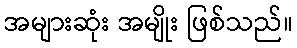
အများဆုံး အမျိုး ဖြစ်သည်။